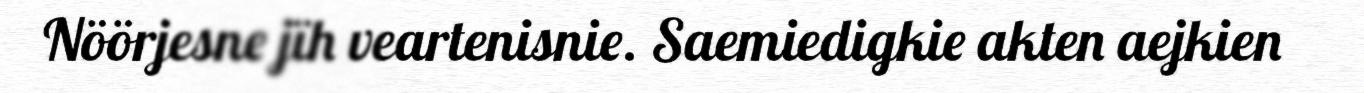
Nöörjesne jïh veartenisnie. Saemiedigkie akten aejkien